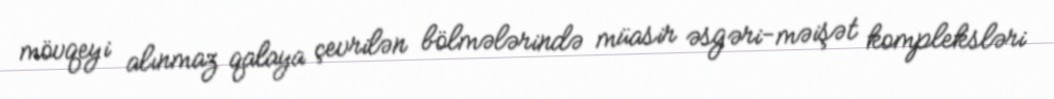
mövqeyi alınmaz qalaya çevrilən bölmələrində müasir əsgəri-məişət kompleksləri